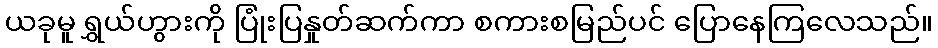
ယခုမူ ရွှယ်ဟွားကို ပြုံးပြနှုတ်ဆက်ကာ စကားစမြည်ပင် ပြောနေကြလေသည်။